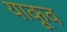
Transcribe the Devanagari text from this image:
याकूव